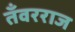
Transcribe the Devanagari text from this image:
तँवरराज